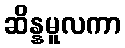
ဆိန္နမူလကာ